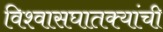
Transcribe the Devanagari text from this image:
विश्वासघातक्यांची